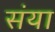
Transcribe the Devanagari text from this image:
संया